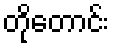
တိုတောင်း